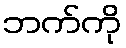
ဘက်ကို